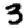
Digit: 3